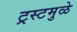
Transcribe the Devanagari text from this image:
ट्रस्टमुळे